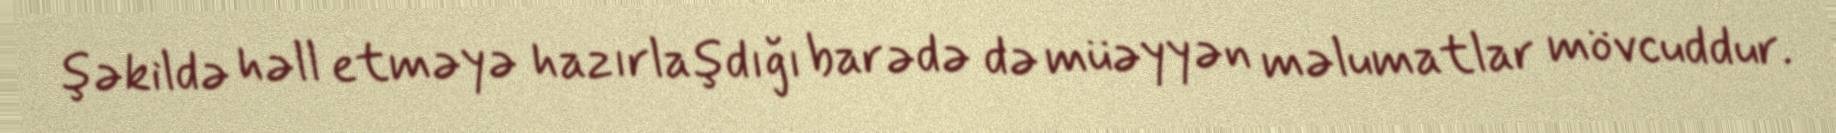
şəkildə həll etməyə hazırlaşdığı barədə də müəyyən məlumatlar mövcuddur.